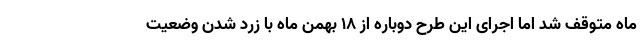
ماه متوقف شد اما اجرای این طرح دوباره از ۱۸ بهمن ماه با زرد شدن وضعیت